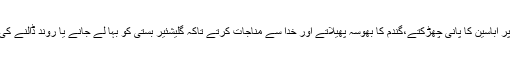
نر اور مادہ گلیشئیر کی برف کو ملا کر اس پر اباسین کا پانی چھڑکتے،گندم کا بھوسہ پھیلاتے اور خدا سے مناجات کرتے تاکہ گلیشئیر بستی کو بہا لے جانے یا روند ڈالنے کی بجائے دائیں بائیں پھیلتا پانی کا ذخیرہ بنے۔